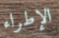
الإطراء